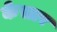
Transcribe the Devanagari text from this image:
केसार